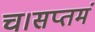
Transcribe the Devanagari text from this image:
च।सप्तमं